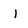
Character: l